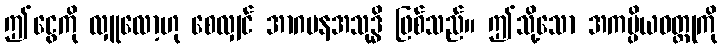
ဤငွေကို လှူလော့ဟု စေလျှင် အာဂမနအသုဒ္ဓိ ဖြစ်သည်။ ဤသို့သော အကပ္ပိယဝတ္ထုကို